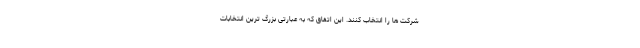
شرکت ها را انتخاب کنند. این اتفاق که به عبارتی بزرگ ترین انتخابات